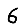
Digit: 6